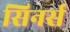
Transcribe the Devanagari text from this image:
सिनर्स